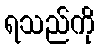
ရသည်ကို